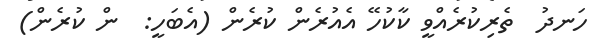
ހަނދު  ތެރިކުރެއްވީ ކާކުހޭ އެއުރެން ކުރެން (އެބަހީ:  ން ކުރެން)